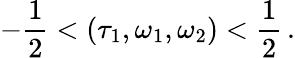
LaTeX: -\frac{1}{2}<(\tau_{1},\omega_{1},\omega_{2})<\frac{1}{2}\, .